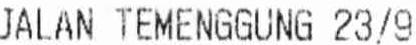
JALAN TEMENGGUNG 23/9